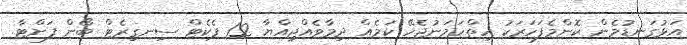
އަޅުގަނޑުމެން ކޮންމެފަހަރަކު ހިތްހަމަނުޖެހޭ ކަމެއް ދިމާވެއްޖިއްޔާ 12 ޕެކެޓް ސިނގިރެޓް ބޯން ފަށްޓާ.